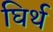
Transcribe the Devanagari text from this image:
घिर्थ